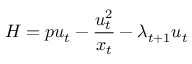
H = p u _ { t } - { \frac { u _ { t } ^ { 2 } } { x _ { t } } } - \lambda _ { t + 1 } u _ { t }